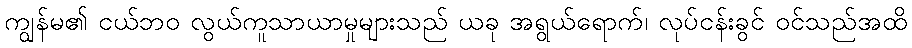
ကျွန်မ၏ ငယ်ဘဝ လွယ်ကူသာယာမှုများသည် ယခု အရွယ်ရောက်၊ လုပ်ငန်းခွင် ဝင်သည်အထိ